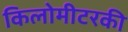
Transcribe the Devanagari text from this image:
किलोमीटरकी